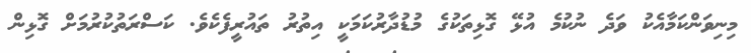
މިނިވަންކަމާއެކު ވަދެ ނުކުމެ އުޅޭ ގޮޅިތަކުގެ މުޑުދާރުކަމަކީ އިތުރު ތައުރީފެކެވެ. ކަސްރަތުކުރުމަށް ގޮޅިން